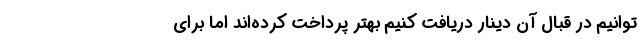
توانیم در قبال آن دینار دریافت کنیم بهتر پرداخت کرده‌اند اما برای